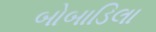
બોબાડિલા